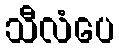
သီလံပေ